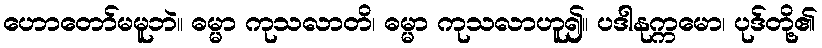
ဟောတော်မမူဘဲ။ ဓမ္မာ ကုသလာတိ၊ ဓမ္မာ ကုသလာဟူ၍။ ပဒါနုက္ကမော၊ ပုဒ်တို့၏